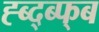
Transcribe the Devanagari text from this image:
ह्ब्द्ब्फ्ब